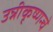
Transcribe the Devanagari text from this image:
उन्नीकृष्णन्चे